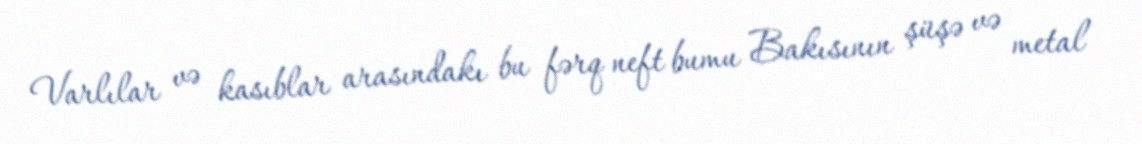
Varlılar və kasıblar arasındakı bu fərq neft bumu Bakısının şüşə və metal